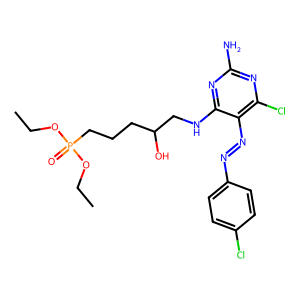
SMILES: CCOP(=O)(CCCC(O)CNc1nc(N)nc(Cl)c1N=Nc1ccc(Cl)cc1)OCC
Inhibits HIV replication: No